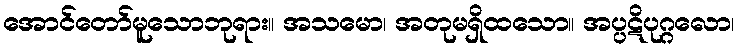
အောင်တော်မူသောဘုရား။ အသမော၊ အတုမရှိထသော။ အပ္ပဋိပုဂ္ဂလော၊